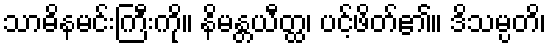
သာဓိနမင်းကြီးကို။ နိမန္တယီတ္ထ၊ ပင့်ဖိတ်၏။ ဒိသမ္ပတိ၊